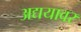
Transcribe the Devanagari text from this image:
अद्ययावर